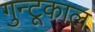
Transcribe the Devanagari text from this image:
गुन्टूकाल